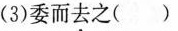
(3)委而去之()